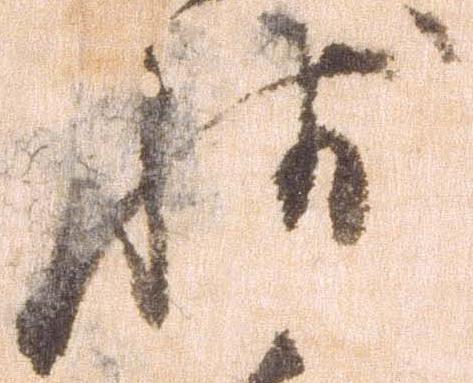
状